Annual administration report of the Civil Veterinary Department of India - 1897-1898
Year: 1897
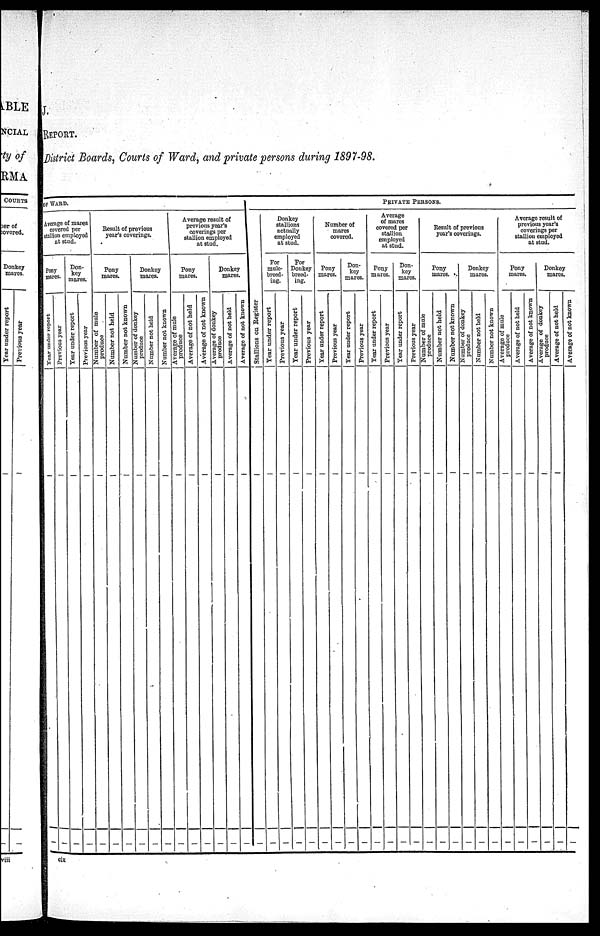
J.
REPORT
District Boards, Courts of Ward, and private persons during 1897—98.
OF WARD.
Average of mares
covered per
stallion employed
at stud.
Pony
mares.
Year under report
—
—
Previous year
—
—
Don-
key
mares.
Year
under report
—
—
Previous year
—
—
Result of previous
year's coverings.
Pony
mares.
Number of mule
produce
—
—
Number not held
—
—
Number not known
—
—
Donkey
mares.
Number of donkey
produce
—
—
Number not held
—
—
Number not known
—
—
Average result of
previous year's
coverings per
stallion employed
at stud.
Pony
mares.
Average of mule
produce
—
—
Average of not held
—
—
Average of not known
—
—
Donkey
mares.
Average of donkey
produce
—
—
Average of not held
—
—
Average of not known
—
—
PRIVATE PERSONS.
Stallions on Register
—
—
Donkey
stallions
actually
employed
at stud.
For
mule—
breed-
ing.
Year
under report
—
—
Previous year
—
—
—
—
For
Donkey
breed-
ing.
Year under r epor t
Previous year
—
—
Number of
mares
covered.
Pony
mares.
Year
under report
—
—
Previous year
—
—
Don-
key
mares.
Year
under report
—
—
Previous year
—
—
Average
of mares
covered pet
stallion
employed
at stud.
Pony
mares.
Year
under report
—
—
Previous year
—
—
Don-
key
mares.
Year
under report
—
—
Previous year
—
—
Result of previous
year's coverings.
Pony
mares.
Number
of mule
produce
—
—
Number not held
—
—
Number not known
—
—
Donkey
mares.
Number of donkey
produce
—
—
Number not held
—
—
Number not known
—
—
Average result of
previous year's
coverings per
stallion employed
at stud.
Pony
mares.
Average of mule
produce
—
—
Average of not held
—
—
Average of not known
—
—
Donkey
mares.
Average of donkey
produce
—
—
Average of not held
—
—
Average of not known
—
—
cix